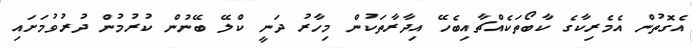
އެގޮތުން އެމެރިކާގެ ކާބޯތަކެއްޗާއިބެހޭ އިދާރާތަކުން މިހާރު ދަނީ ކްލޭ ބޭނުން ކުރުމުން ދުރުވުމަށައި